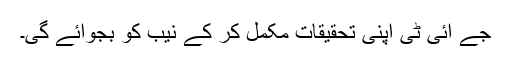
جے آئی ٹی اپنی تحقیقات مکمل کر کے نیب کو بجوائے گی۔